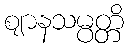
ဈာနသမ္ပတ္တိ